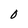
Character: 0